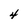
Character: 4